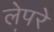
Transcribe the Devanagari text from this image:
लेपरे